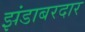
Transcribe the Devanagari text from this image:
झंडाबरदार